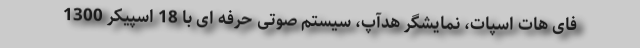
فای هات اسپات، نمایشگر هدآپ، سیستم صوتی حرفه ای با 18 اسپیکر 1300